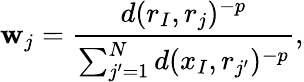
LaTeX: \mathbf{w}_{j}=\frac{{d(r_{I},r_{j})^{-p}}}{{\sum_{j^{\prime}=1}^{N}d(x_{I},r_{j^{\prime}})^{-p}}},